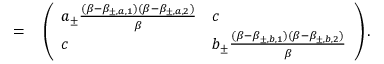
\begin{array} { r l } { = } & { { } \left( \begin{array} { l l } { a _ { \pm } \frac { ( \beta - \beta _ { \pm , a , 1 } ) ( \beta - \beta _ { \pm , a , 2 } ) } { \beta } } & { c } \\ { c } & { b _ { \pm } \frac { ( \beta - \beta _ { \pm , b , 1 } ) ( \beta - \beta _ { \pm , b , 2 } ) } { \beta } } \end{array} \right) . } \end{array}